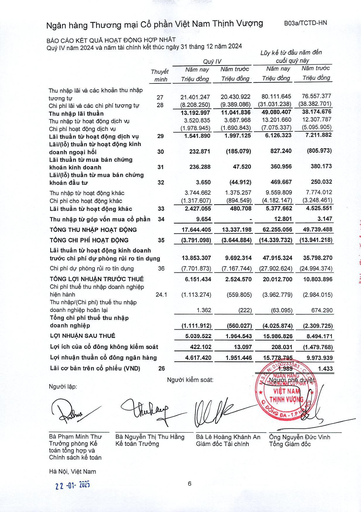
|||Quý|IV|Lũy kế từ đầu quý|năm đến nay| |---|---|---|---|---|---| ||Thuyết minh|Năm nay Triệu đồng|Năm trước Triệu đồng|Năm nay Triệu đồng|Năm trước Triệu đồng| |Thu nhập lãi và các khoản thu nhập tương tự|27|21.401.247|20.430.922|80.111.645|76.557.377| |Chi phí lãi và các chi phí tương tự|28|(8.208.250)|(9.389.086)|(31.031.238)|(38.382.701)| |Thu nhập lãi thuần||13.192.997|11.041.836|49.080.407|38.174.676| |Thu nhập từ hoạt động dịch vụ||3.520.835|3.687.968|13.201.660|12.307.787| |Chi phí hoạt động dịch vụ||(1.978.945)|(1.690.843)|(7.075.337)|(5.095.905)| |Lãi thuần từ hoạt động dịch vụ|29|1.541.890|1.997.125|6.126.323|7.211.882| |Lãi/(lỗ) thuần từ hoạt động kinh doanh ngoại hối|30|232.871|(185.079)|827.240|(805.973)| |Lãi thuần từ mua bán chứng khoán kinh doanh|31|236.288|47.520|360.956|380.173| |Lãi/(lỗ) thuần từ mua bán chứng khoán đầu tư|32|3.650|(44.912)|469.667|250.032| |Thu nhập từ hoạt động khác||3.744.662|1.375.257|9.559.809|7.774.012| |Chi phí cho hoạt động khác||(1.317.607)|(894.549)|(4.182.147)|(3.248.461)| |Lãi thuần từ hoạt động khác|33|2.427.055|480.708|5.377.662|4.525.551| |Thu nhập từ góp vốn mua cổ phần|34|9.654||12.801|3.147| |TỔNG THU NHẬP HOẠT ĐỘNG||17.644.405|13.337.198|62.255.056|49.739.488| |TỔNG CHI PHÍ HOẠT ĐỘNG|35|(3.791.098)|(3.644.884)|(14.339.732)|(13.941.218)| |Lãi thuần từ hoạt động kinh doanh trước chi phí dự phòng rủi ro tín|dụng|13.853.307|9.692.314|47.915.324|35.798.270| |Chi phí dự phòng rủi ro tín dụng|36|(7.701.873)|(7.167.744)|(27.902.624)|(24.994.374)| |TỔNG LỢI NHUẬN TRƯỚC THUẾ||6.151.434|2.524.570|20.012.700|10.803.896| |Chi phí thuế thu nhập doanh nghiệp hiện hành|24.1|(1.113.274)|(559.805)|(3.962.779)|(2.984.015)| |Thu nhập/(Chi phí) thuế thu nhập doanh nghiệp hoãn lại||1.362|(222)|(63.095)|674.290| |Tổng chi phí thuế thu nhập doanh nghiệp||(1.111.912)|(560.027)|(4.025.874)|(2.309.725)| |LỢI NHUẬN SAU THUẾ||5.039.522|1.964.543|15.986.826|8.494.171| |Lợi ích của cổ đông không kiểm|soát|422.102|13.097|208.031|(1.479.768)| |Lợi nhuận thuần cổ đông ngân hàng||4.617.420|1.951.446|15.778.795|9.973.939| |Lãi cơ bản trên cổ phiếu (VND)|26|||0100233583 1.989|1.433|